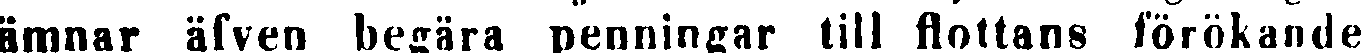
ämnar äfven begära penningar till flottans förökande